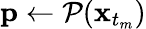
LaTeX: \mathbf{p}\gets\mathcal{P}(\mathbf{x}_{t_{m}})